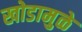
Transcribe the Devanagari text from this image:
खोडामुळे